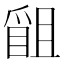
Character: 𭶴